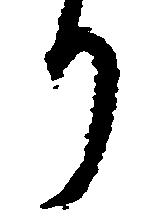
つ